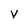
Character: v